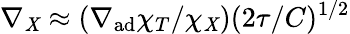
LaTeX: \nabla_{\mathit{X}}\approx(\nabla_{\mathrm{{ad}}}\chi_{T}/\chi_{\mathit{X}})(2\tau/C)^{1/2}